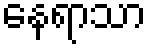
နေရာသာ